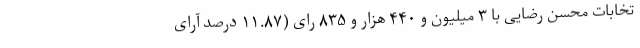
تخابات محسن رضایی با ۳ میلیون و ۴۴۰ هزار و ۸۳۵ رای (۱۱.۸۷ درصد آرای